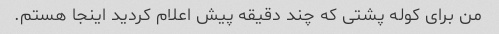
من برای کوله پشتی که چند دقیقه پیش اعلام کردید اینجا هستم.